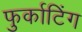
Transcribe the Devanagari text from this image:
फुर्काटिंग